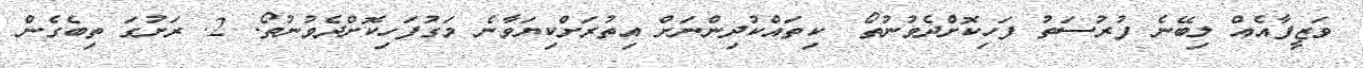
ވަޒީފާއެއް ލިބޭނެ ފުރުސަތު ފަހިކޮށްދެވުނުތޯ? ކިތައްކުދިންނަށް އިތުރަށްކިޔަވާނެ މަގުފަހިކޮށްދެވުނުތޯ. 2. ރަށުގަ ތިބެގެން